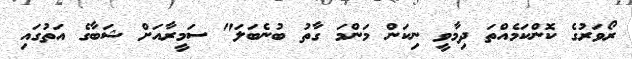
ރޯވަރުގެ ކޮންކަމެއްތަ ދިމާވީ ނިކަން މަންމަ ގާތު ބުނެބަލަ" ސަމީރާއަށް ޝަބާގެ އަތުގައި